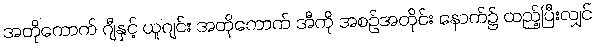
အတိုကောက် ဂျီနှင့် ယူဂျင်း အတိုကောက် အီကို အစဉ်အတိုင်း နောက်၌ ထည့်ပြီးလျှင်